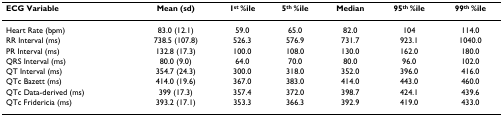
<table><thead><tr><td><b>ECG Variable</b></td><td><b>Mean (sd)</b></td><td><b>1<sup>st </sup>%ile</b></td><td><b>5<sup>th </sup>%ile</b></td><td><b>Median</b></td><td><b>95<sup>th </sup>%ile</b></td><td><b>99<sup>th </sup>%ile</b></td></tr></thead><tbody><tr><td>Heart Rate (bpm)</td><td>83.0 (12.1)</td><td>59.0</td><td>65.0</td><td>82.0</td><td>104</td><td>114.0</td></tr><tr><td>RR Interval (ms)</td><td>738.5 (107.8)</td><td>526.3</td><td>576.9</td><td>731.7</td><td>923.1</td><td>1040.0</td></tr><tr><td>PR Interval (ms)</td><td>132.8 (17.3)</td><td>100.0</td><td>108.0</td><td>130.0</td><td>162.0</td><td>180.0</td></tr><tr><td>QRS Interval (ms)</td><td>80.0 (9.0)</td><td>64.0</td><td>70.0</td><td>80.0</td><td>96.0</td><td>102.0</td></tr><tr><td>QT Interval (ms)</td><td>354.7 (24.3)</td><td>300.0</td><td>318.0</td><td>352.0</td><td>396.0</td><td>416.0</td></tr><tr><td>QTc Bazett (ms)</td><td>414.0 (19.6)</td><td>367.0</td><td>383.0</td><td>414.0</td><td>443.0</td><td>460.0</td></tr><tr><td>QTc Data-derived (ms)</td><td>399 (17.3)</td><td>357.4</td><td>372.0</td><td>398.7</td><td>424.1</td><td>439.6</td></tr><tr><td>QTc Fridericia (ms)</td><td>393.2 (17.1)</td><td>353.3</td><td>366.3</td><td>392.9</td><td>419.0</td><td>433.0</td></tr></tbody></table>